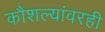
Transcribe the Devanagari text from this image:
कौशल्यांवरही